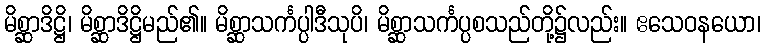
မိစ္ဆာဒိဋ္ဌိ၊ မိစ္ဆာဒိဋ္ဌိမည်၏။ မိစ္ဆာသင်္ကပ္ပါဒီသုပိ၊ မိစ္ဆာသင်္ကပ္ပစသည်တို့၌လည်း။ ဧသေဝနယော၊